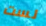
لست